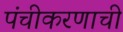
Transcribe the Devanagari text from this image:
पंचीकरणाची